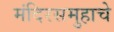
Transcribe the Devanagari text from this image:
मंदिरसमुहाचे